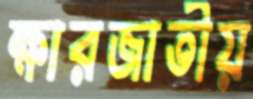
ক্ষারজাতীয়